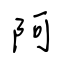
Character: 阿